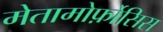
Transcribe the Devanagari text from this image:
मेतामोर्फ़ोसिस